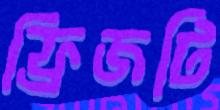
ফ্রিজটি